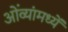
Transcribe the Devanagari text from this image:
ओंव्यांमध्यें